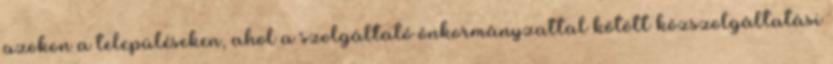
azokon a településeken, ahol a szolgáltató önkormányzattal kötött közszolgáltatási